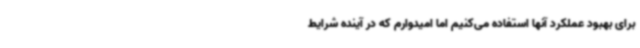
برای بهبود عملکرد آنها استفاده می‌کنیم اما امیدوارم که در آینده شرایط